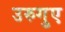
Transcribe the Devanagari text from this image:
उरुगुए